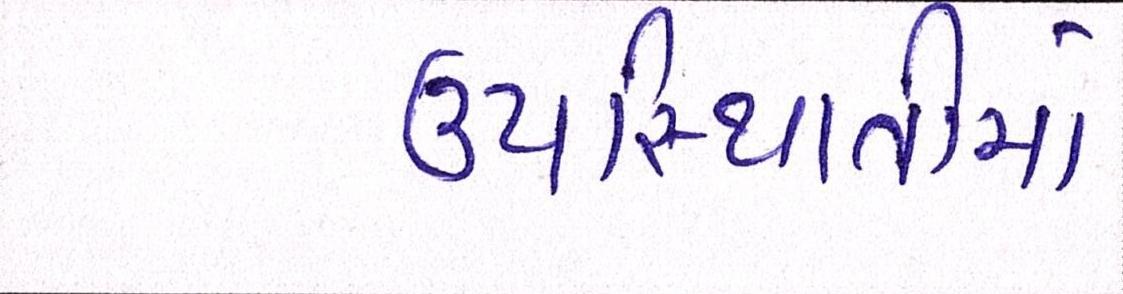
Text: ઉપસ્થિતીમાં